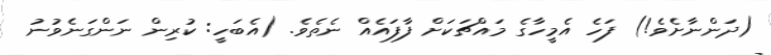
(ދަންނާށެވެ!) ފަހެ އެމީހާގެ މައްޗަކަށް ފާފައެއް ނެތެވެ. (އެބަހީ: ކުރިން ނަންގަނެވުނު